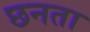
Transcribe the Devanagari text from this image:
छनता